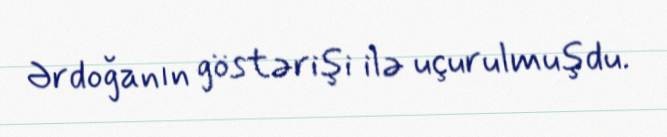
Ərdoğanın göstərişi ilə uçurulmuşdu.